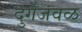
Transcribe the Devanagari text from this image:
दुर्गेजवळ